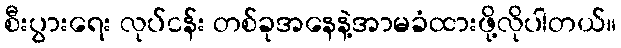
စီးပွားရေး လုပ်ငန်း တစ်ခုအနေနဲ့အာမခံထားဖို့လိုပါတယ်။